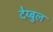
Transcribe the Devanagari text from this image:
देय्बुल